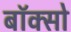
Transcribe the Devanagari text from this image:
बॉक्सो